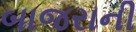
બાજરાની